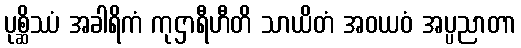
ပုစ္ဆိဿံ အခါရိကံ ကုဌာရီဟီတိ သာယိတံ အဝယဝံ အပ္ပညာတာ